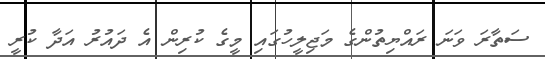
ސަތާރަ ވަނަ ރައްޔިތުންގެ މަޖިލީހުގައި މީގެ ކުރިން އެ ދައުރު އަދާ ކުރީ